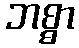
ဘစ္စာ